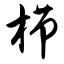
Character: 栉